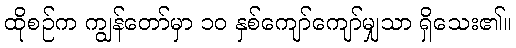
ထိုစဉ်က ကျွန်တော်မှာ ၁၀ နှစ်ကျော်ကျော်မျှသာ ရှိသေး၏။